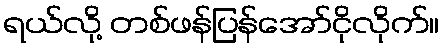
ရယ်လို့ တစ်ဖန်ပြန်အော်ငိုလိုက်။